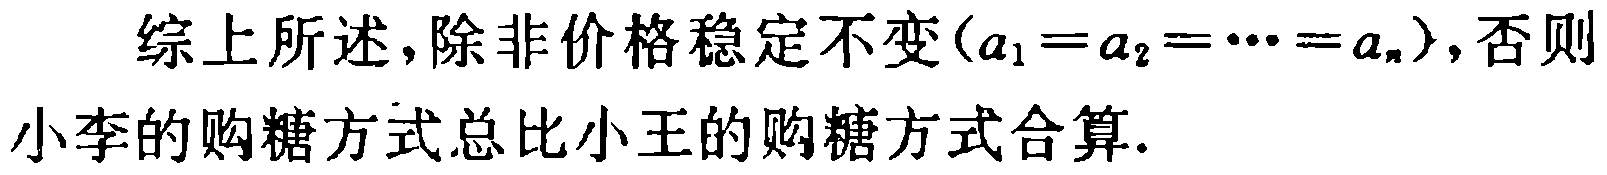
综上所述,除非价格稳定不变($a_{1}=a_{2}=\cdots =a_{n}$),否则小李的购糖方式总比小王的购糖方式合算.